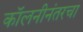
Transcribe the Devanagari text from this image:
कॉलनीनंतरचा